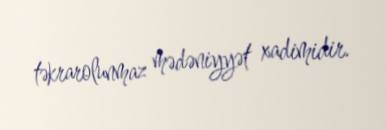
təkrarolunmaz mədəniyyət xadimidir.